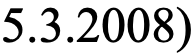
5.3.2008)